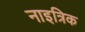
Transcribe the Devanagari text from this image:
नाइत्रिक